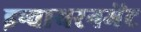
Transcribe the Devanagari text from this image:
इन्वायरनमेंट